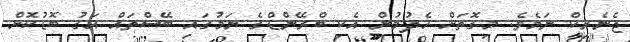
ޖެނެރިކް ނަމެވެ. މިގޮތަށް ހެދުމުން އެކި ބްރޭންޑްގެ ނަމުގައި ބޭސްތައް އަގު ބޮޑުކޮށް